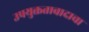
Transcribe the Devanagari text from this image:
उपयुक्ततावादाचा